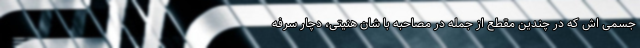
جسمی اش که در چندین مقطع از جمله در مصاحبه با شان هنیتی، دچار سرفه